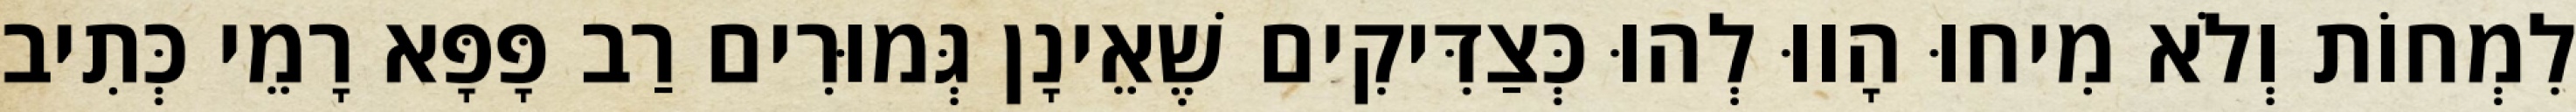
לִמְחוֹת וְלֹא מִיחוּ הָווּ לְהוּ כְּצַדִּיקִים שֶׁאֵינָן גְּמוּרִים רַב פָּפָּא רָמֵי כְּתִיב